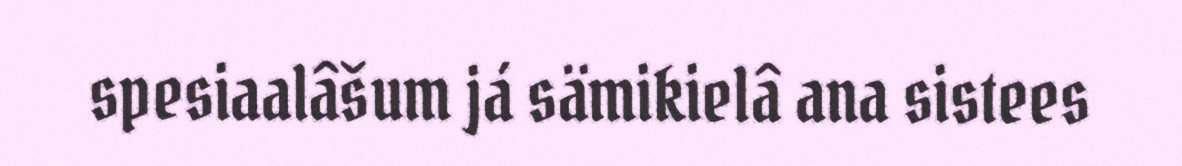
spesiaalâšum já sämikielâ ana sistees